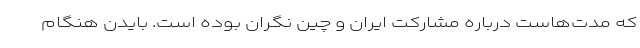
که مدت‌هاست درباره مشارکت ایران و چین نگران بوده‌ است. بایدن هنگام